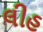
લીહ